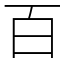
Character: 百